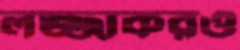
লজ্জাকরও